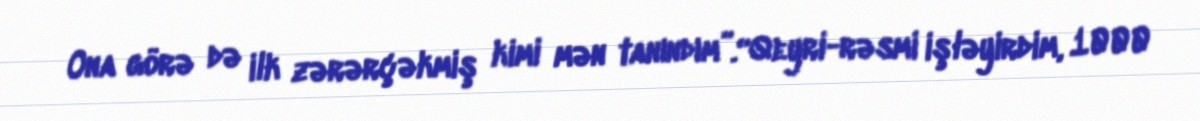
Ona görə də ilk zərərçəkmiş kimi mən tanındım”.“Qeyri-rəsmi işləyirdim, 1000